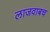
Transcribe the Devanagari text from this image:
लाजवाबच